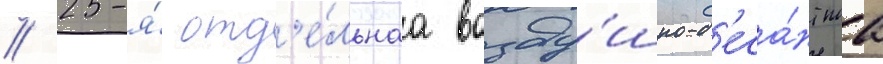
// 25-я́ отд'е́льнаа возду́шно-д'еса́нтнаа